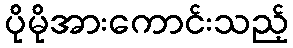
ပိုမိုအားကောင်းသည့်